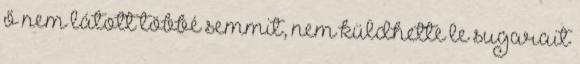
ő nem látott többé semmit, nem küldhette le sugarait